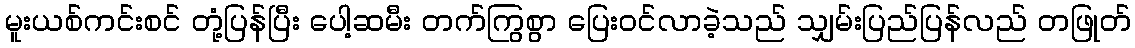
မူးယစ်ကင်းစင် တုံ့ပြန်ပြီး ပေါ့ဆမီး တက်ကြွစွာ ပြေးဝင်လာခဲ့သည် သျှမ်းပြည်ပြန်လည် တဖြုတ်